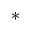
^ \ast